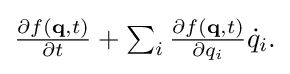
{\textstyle {\frac {\partial f(\mathbf {q} ,t)}{\partial t}}+\sum _{i}{\frac {\partial f(\mathbf {q} ,t)}{\partial q_{i}}}{\dot {q}}_{i}.}